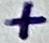
Text: +